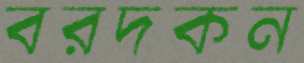
বরদকন